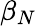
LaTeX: \beta_{N}